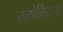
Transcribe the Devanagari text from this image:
तळांविरुद्ध